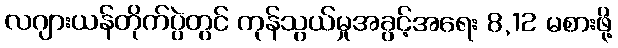
လဂျားယန်တိုက်ပွဲတွင် ကုန်သွယ်မှုအခွင့်အရေး 8,12 မစားဖို့